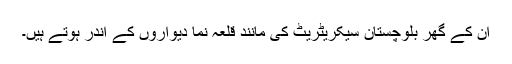
ان کے گھر بلوچستان سیکریٹریٹ کی مانند قلعہ نما دیواروں کے اندر ہوتے ہیں۔